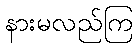
နားမလည်ကြ